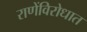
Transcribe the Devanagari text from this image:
राणेंविरोधात